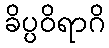
ခိပ္ပဝိရာဂိ